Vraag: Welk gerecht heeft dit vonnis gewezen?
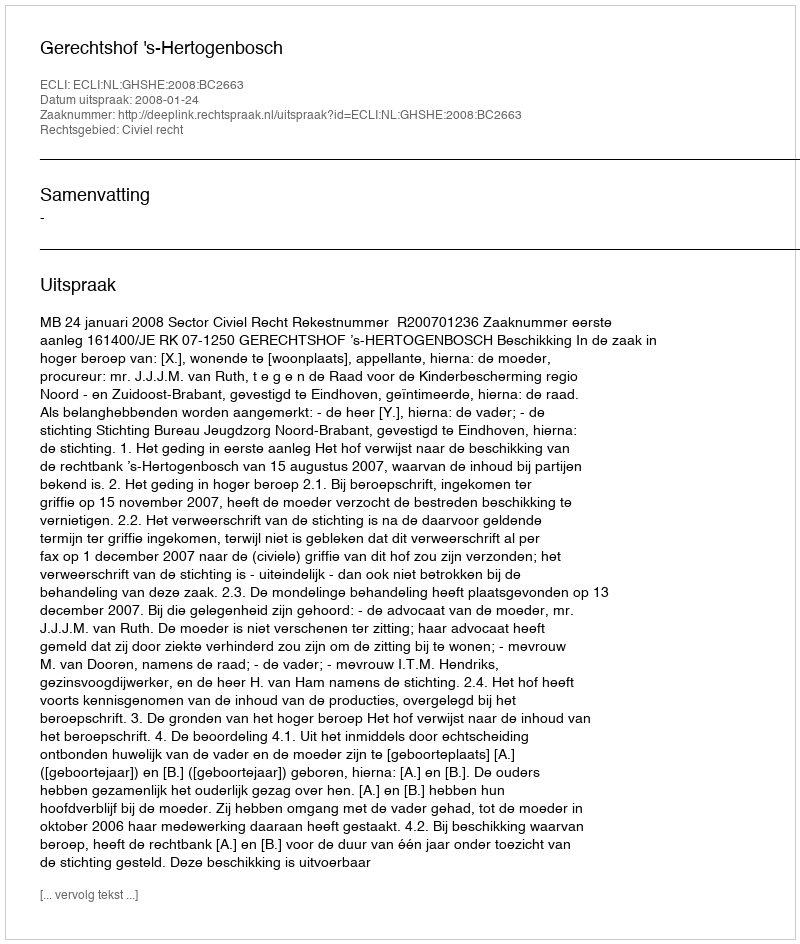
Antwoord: Gerechtshof 's-Hertogenbosch